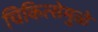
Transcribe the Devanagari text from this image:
चिकित्सेमुळे